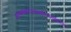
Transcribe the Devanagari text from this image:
अलभ्यापातालेऽप्यलसचलितांगुष्ठशिरसि।